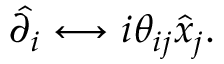
\hat { \partial _ { i } } \longleftrightarrow i \theta _ { i j } \hat { x } _ { j } .